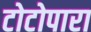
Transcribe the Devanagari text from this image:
टोटोपारा